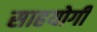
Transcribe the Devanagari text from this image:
साहयोगी